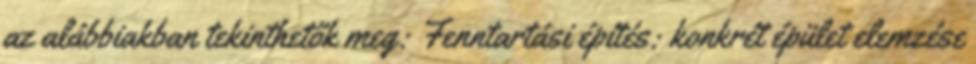
az alábbiakban tekinthetők meg: Fenntartási építés: konkrét épület elemzése